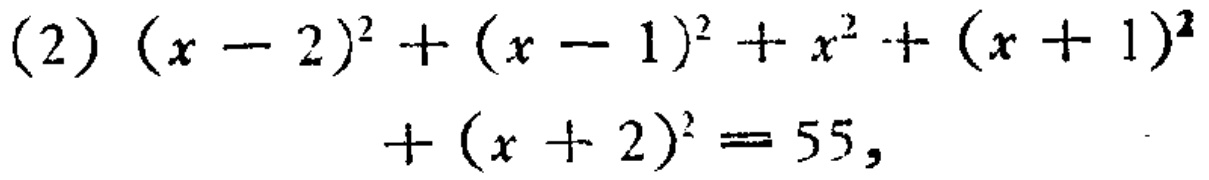
\[(2) (x - 2)^2 + (x - 1)^2 + x^2 + (x + 1)^2+(x + 2)^2 = 55,\]